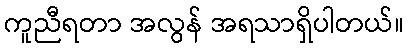
ကူညီရတာ အလွန် အရသာရှိပါတယ်။